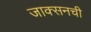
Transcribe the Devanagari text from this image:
जाक्सनची